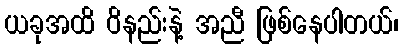
ယခုအထိ ဝိနည်းနဲ့ အညီ ဖြစ်နေပါတယ်၊